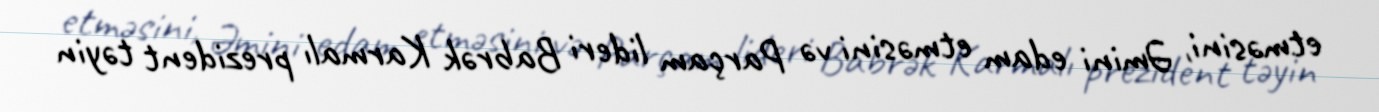
etməsini, Əmini edam etməsini və Parçam lideri Babrək Karmalı prezident təyin